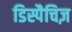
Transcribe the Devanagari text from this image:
डिस्पैचिज़